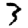
Digit: 3